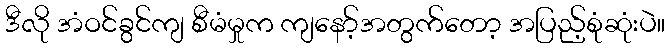
ဒီလို အံဝင်ခွင်ကျ စီမံမှုက ကျနော့်အတွက်တော့ အပြည့်စုံဆုံးပဲ။